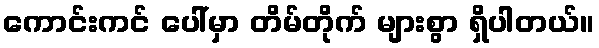
ကောင်းကင် ပေါ်မှာ တိမ်တိုက် များစွာ ရှိပါတယ်။